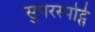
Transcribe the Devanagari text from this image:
सुपरस्पोर्ट्स